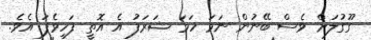
ގޫގުލަށް ވެސް ބޭނުން ނަމަ ހަމަ ޝަރަފު އެ އޮތީ ފަހިވެފަ އެވެ.